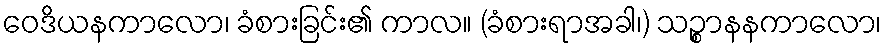
ဝေဒိယနကာလော၊ ခံစားခြင်း၏ ကာလ။ (ခံစားရာအခါ၊) သဉ္စာနနကာလော၊